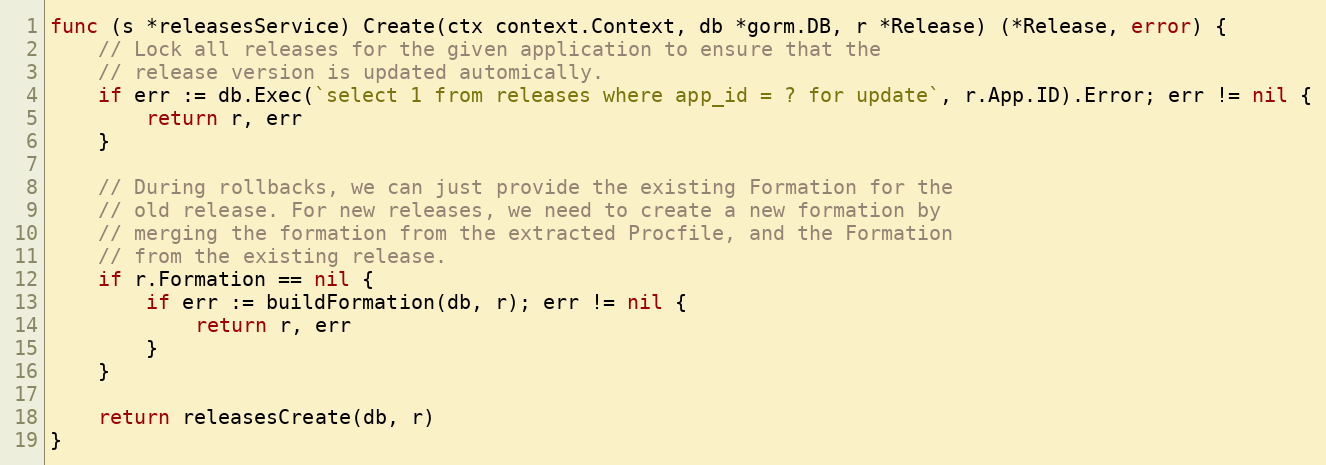
Language: Go
func (s *releasesService) Create(ctx context.Context, db *gorm.DB, r *Release) (*Release, error) {
	// Lock all releases for the given application to ensure that the
	// release version is updated automically.
	if err := db.Exec(`select 1 from releases where app_id = ? for update`, r.App.ID).Error; err != nil {
		return r, err
	}

	// During rollbacks, we can just provide the existing Formation for the
	// old release. For new releases, we need to create a new formation by
	// merging the formation from the extracted Procfile, and the Formation
	// from the existing release.
	if r.Formation == nil {
		if err := buildFormation(db, r); err != nil {
			return r, err
		}
	}

	return releasesCreate(db, r)
}